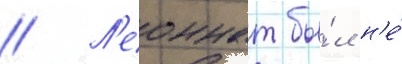
// Л'еоннат бы́л н'е́